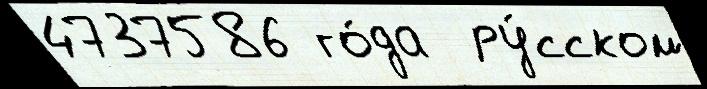
4737586 го́да  ру́сском